Document type: Grant
Year: 1445
Scribe: Antoni Gomar
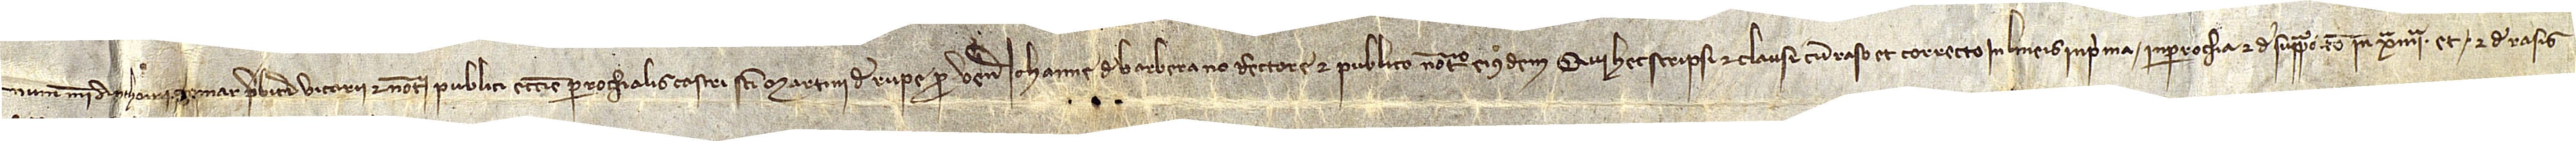
num mei Anthonii Gomar, presbiteri, vicarii et notarii publici ecclesie parrochialis castri Sancti Martini de Rupe pro venerabili Iohanne de Barberano, rectore et publico notario eiusdem, qui hec scripsi et clausi cum raso et correcto in lineis, in prima “in parrochia”, et de supraposito in Xª IIIIª, et de rasis